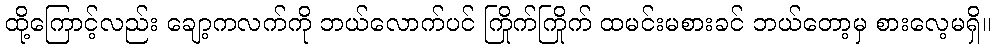
ထို့ကြောင့်လည်း ချော့ကလက်ကို ဘယ်လောက်ပင် ကြိုက်ကြိုက် ထမင်းမစားခင် ဘယ်တော့မှ စားလေ့မရှိ။